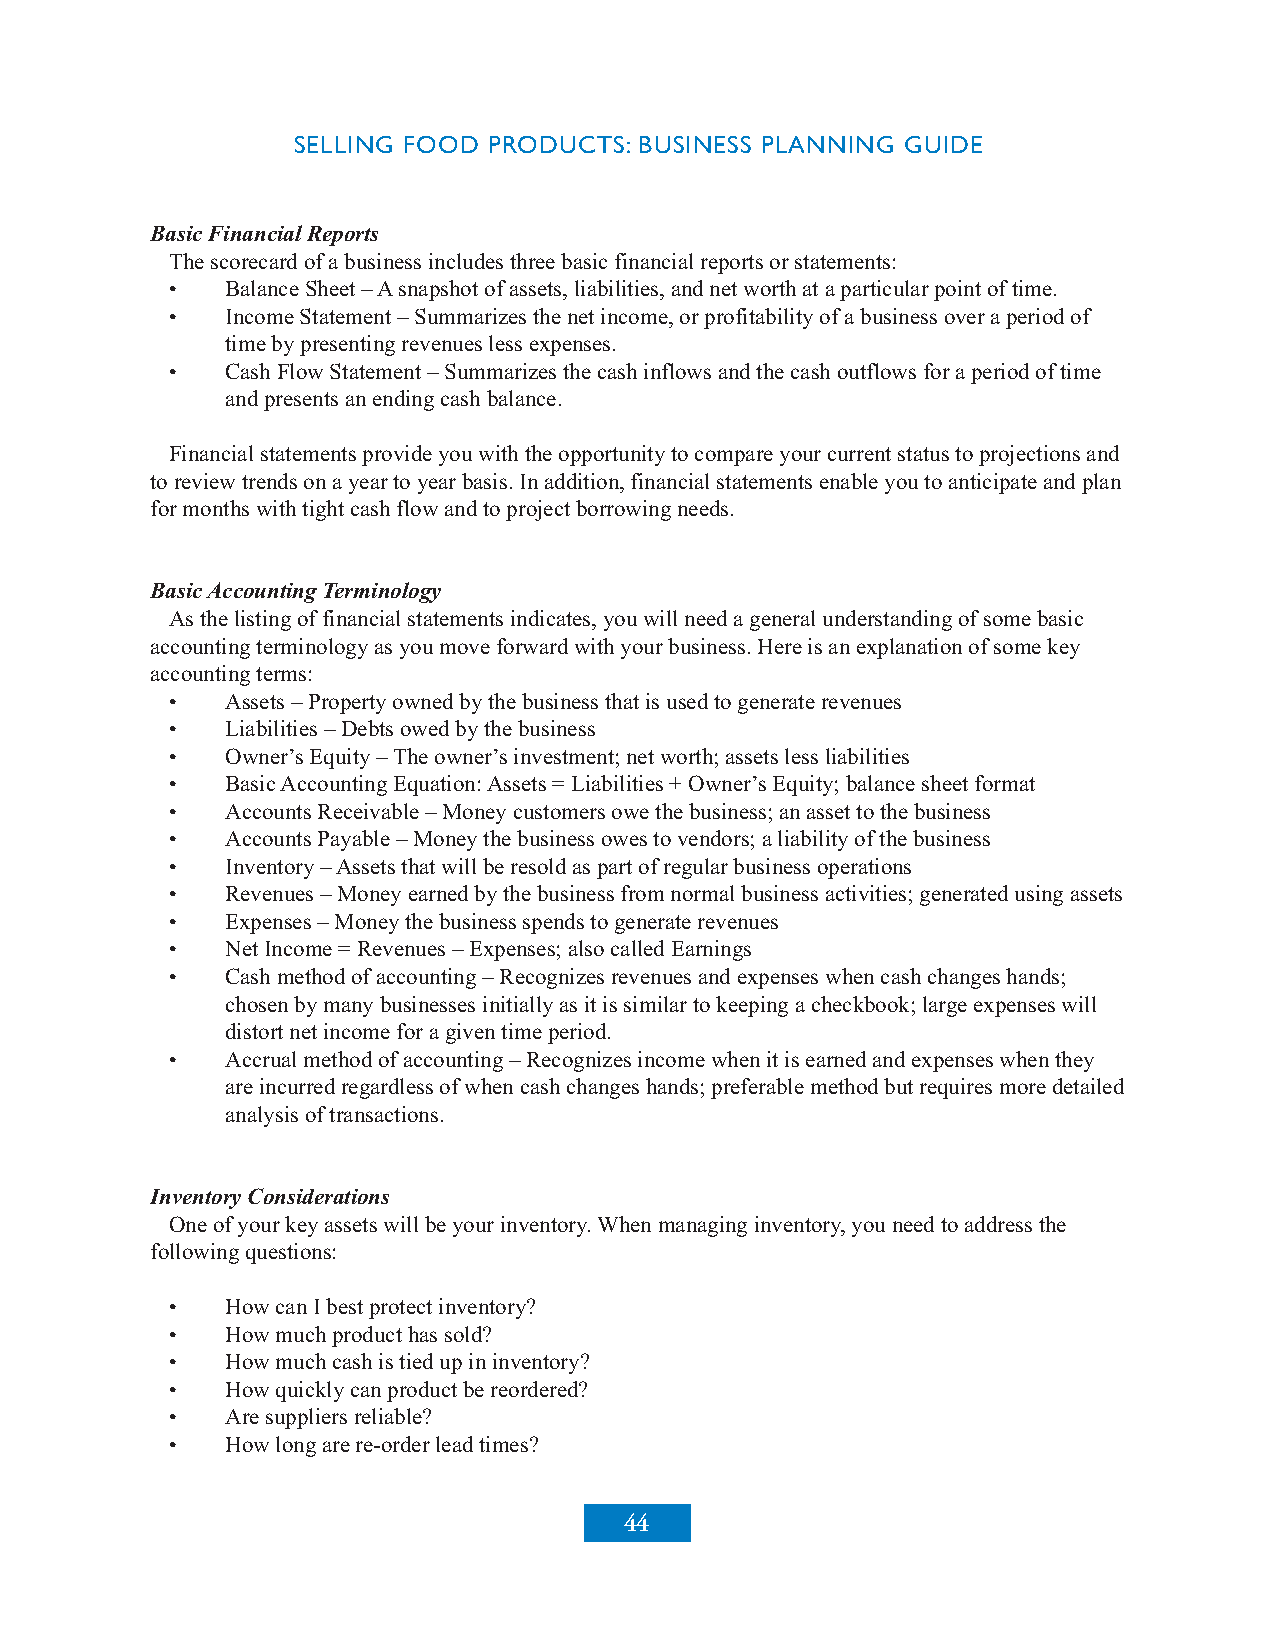
SELLING FOOD PRODUCTS: BUSINESS PLANNING GUIDE
 BasicFinancialReports
 Thescorecardofabusinessincludesthreebasicfinancialreportsorstatements:
 •   BalanceSheet–Asnapshotofassets,liabilities,andnetworthataparticularpointoftime.
 •   IncomeStatement–Summarizesthenetincome,orprofitabilityofabusinessoveraperiodof
 timebypresentingrevenueslessexpenses.
 •   CashFlowStatement–Summarizesthecashinflowsandthecashoutflowsforaperiodoftime
 andpresentsanendingcashbalance.
 Financialstatementsprovideyouwiththeopportunitytocompareyourcurrentstatustoprojectionsand
 toreviewtrendsonayeartoyearbasis.Inaddition,financialstatementsenableyoutoanticipateandplan
 formonthswithtightcashflowandtoprojectborrowingneeds.
 BasicAccountingTerminology
 Asthelistingoffinancialstatementsindicates,youwillneedageneralunderstandingofsomebasic
 accountingterminologyasyoumoveforwardwithyourbusiness.Hereisanexplanationofsomekey
 accountingterms:
 •   Assets–Propertyownedbythebusinessthatisusedtogeneraterevenues
 •   Liabilities–Debtsowedbythebusiness
 •   Owner’sEquity–Theowner’sinvestment;networth;assetslessliabilities
 •   BasicAccountingEquation:Assets=Liabilities+Owner’sEquity;balancesheetformat
 •   AccountsReceivable–Moneycustomersowethebusiness;anassettothebusiness
 •   AccountsPayable–Moneythebusinessowestovendors;aliabilityofthebusiness
 •   Inventory–Assetsthatwillberesoldaspartofregularbusinessoperations
 •   Revenues–Moneyearnedbythebusinessfromnormalbusinessactivities;generatedusingassets
 •   Expenses–Moneythebusinessspendstogeneraterevenues
 •   NetIncome=Revenues–Expenses;alsocalledEarnings
 •   Cashmethodofaccounting–Recognizesrevenuesandexpenseswhencashchangeshands;
 chosenbymanybusinessesinitiallyasitissimilartokeepingacheckbook;largeexpenseswill
 distortnetincomeforagiventimeperiod.
 •   Accrualmethodofaccounting–Recognizesincomewhenitisearnedandexpenseswhenthey
 areincurredregardlessofwhencashchangeshands;preferablemethodbutrequiresmoredetailed
 analysisoftransactions.
 InventoryConsiderations
 Oneofyourkeyassetswillbeyourinventory.Whenmanaginginventory,youneedtoaddressthe
 followingquestions:
 •   HowcanIbestprotectinventory?
 •   Howmuchproducthassold?
 •   Howmuchcashistiedupininventory?
 •   Howquicklycanproductbereordered?
 •   Aresuppliersreliable?
 •   Howlongarere-orderleadtimes?
 44